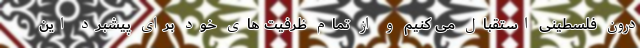
درون فلسطینی استقبال می کنیم و از تمام ظرفیت های خود برای پیشبرد این